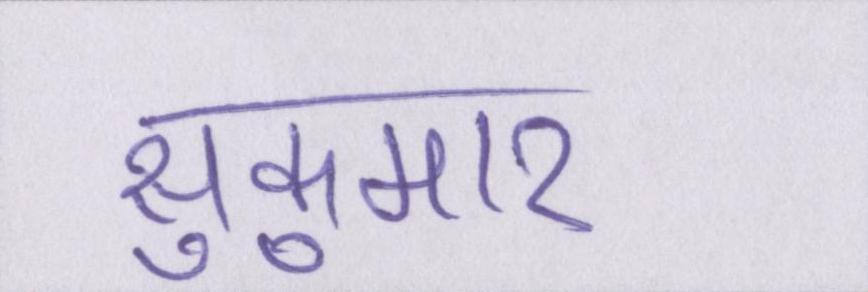
सुकुमार